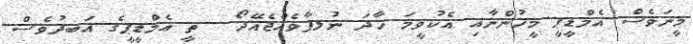
މީނަވެސް އެމްޑީޕީ މީހުންނާއި އެކުވީމަ ހާދަ ނުލފާވެއްޖެއޭދޯ  ތީ އެމްޑީޕީގެ އަބދުވެސް